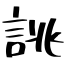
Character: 誂